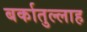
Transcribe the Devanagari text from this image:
बर्कातुल्लाह